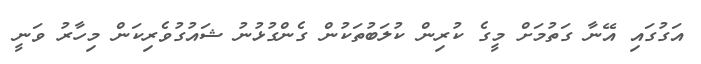
އަގުގައި އޭނާ ގަތުމަށް މީގެ ކުރިން ކުލަބުތަކުން ގެންގުޅުނު ޝައުގުވެރިކަން މިހާރު ވަނީ